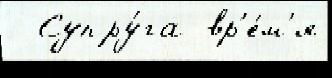
  Супру́га вр'е́м'я